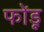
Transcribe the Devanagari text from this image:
फोंडू